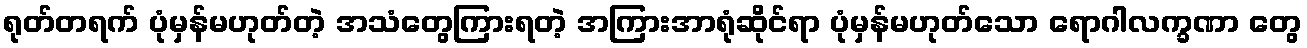
ရုတ်တရက် ပုံမှန်မဟုတ်တဲ့ အသံတွေကြားရတဲ့ အကြားအာရုံဆိုင်ရာ ပုံမှန်မဟုတ်သော ရောဂါလက္ခဏာ တွေ